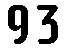
93